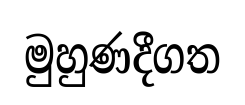
මුහුණදීගත